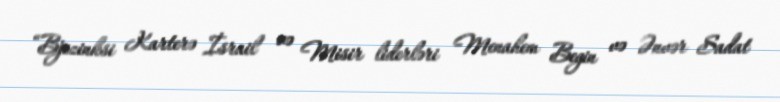
“Bjezinksi Karterə İsrail və Misir liderləri Menahem Begin və Ənvər Sadat